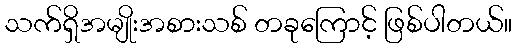
သက်ရှိအမျိုးအစားသစ် တခုကြောင့် ဖြစ်ပါတယ်။